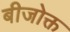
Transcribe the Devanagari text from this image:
बीजोक्त